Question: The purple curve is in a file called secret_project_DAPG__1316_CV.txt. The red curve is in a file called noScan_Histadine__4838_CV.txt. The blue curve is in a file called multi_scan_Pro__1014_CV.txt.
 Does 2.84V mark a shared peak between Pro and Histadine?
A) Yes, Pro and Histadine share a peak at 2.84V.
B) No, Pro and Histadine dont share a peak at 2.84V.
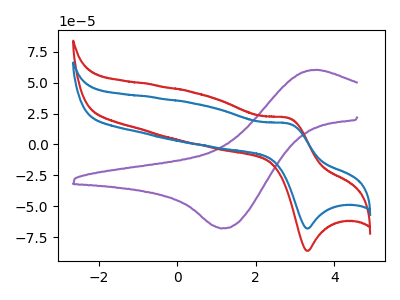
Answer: <think>The purple curve "DAPG" has an anodic peak at (3.55V, 60.50uA) and a cathodic peak at (1.15V, -68.05uA). The red curve "Histadine" has an anodic peak at (2.85V, 21.35uA) and a cathodic peak at (3.35V, -86.10uA). The blue curve "Pro" has an anodic peak at (2.85V, 16.85uA) and a cathodic peak at (3.35V, -68.05uA).</think>
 <answer>A) Yes, "Pro" and "Histadine" share a peak at 2.84V.</answer>
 <eval>A</eval>